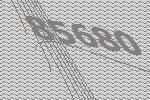
85680